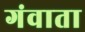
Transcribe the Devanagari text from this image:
गंवाता